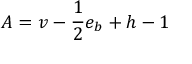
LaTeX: A = v - { \frac { 1 } { 2 } } e _ { b } + h - 1